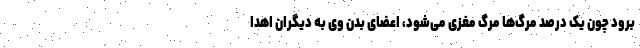
برود چون یک درصد مرگ‌ها مرگ مغزی می‌شود، اعضای بدن وی به دیگران اهدا